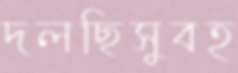
দলছিসুবহ